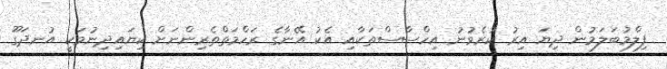
ފިލްމުބަލަމުން ދިޔަ އިރު ކުރެވުނު އިހްސާސްތަކާއި އެކު އޭނާގެ ރަހްމަތްތެރިންނަށް ކިޔައިދިނުމަކީ އުނދަގޫ